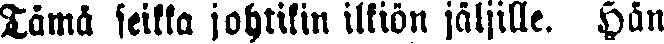
Tämä seikka johtikin ilkiön jäljille. Hän